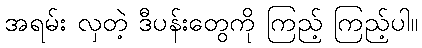
အရမ်း လှတဲ့ ဒီပန်းတွေကို ကြည့် ကြည့်ပါ။